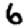
Digit: 6